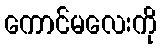
ကောင်မလေးကို